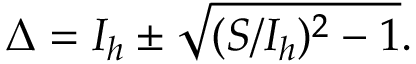
\Delta = I _ { h } \pm \sqrt { ( S / I _ { h } ) ^ { 2 } - 1 } .